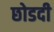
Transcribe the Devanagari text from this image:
छोडदी